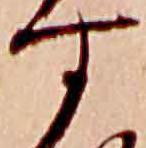
す